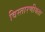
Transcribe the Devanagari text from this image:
विस्तारणीयता